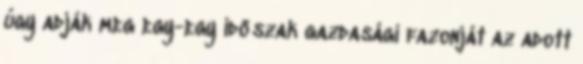
úgy adják meg egy-egy időszak gazdasági fazonját az adott